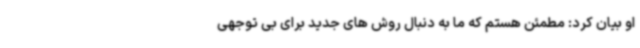
او بیان کرد: مطمئن هستم که ما به دنبال روش های جدید برای بی توجهی